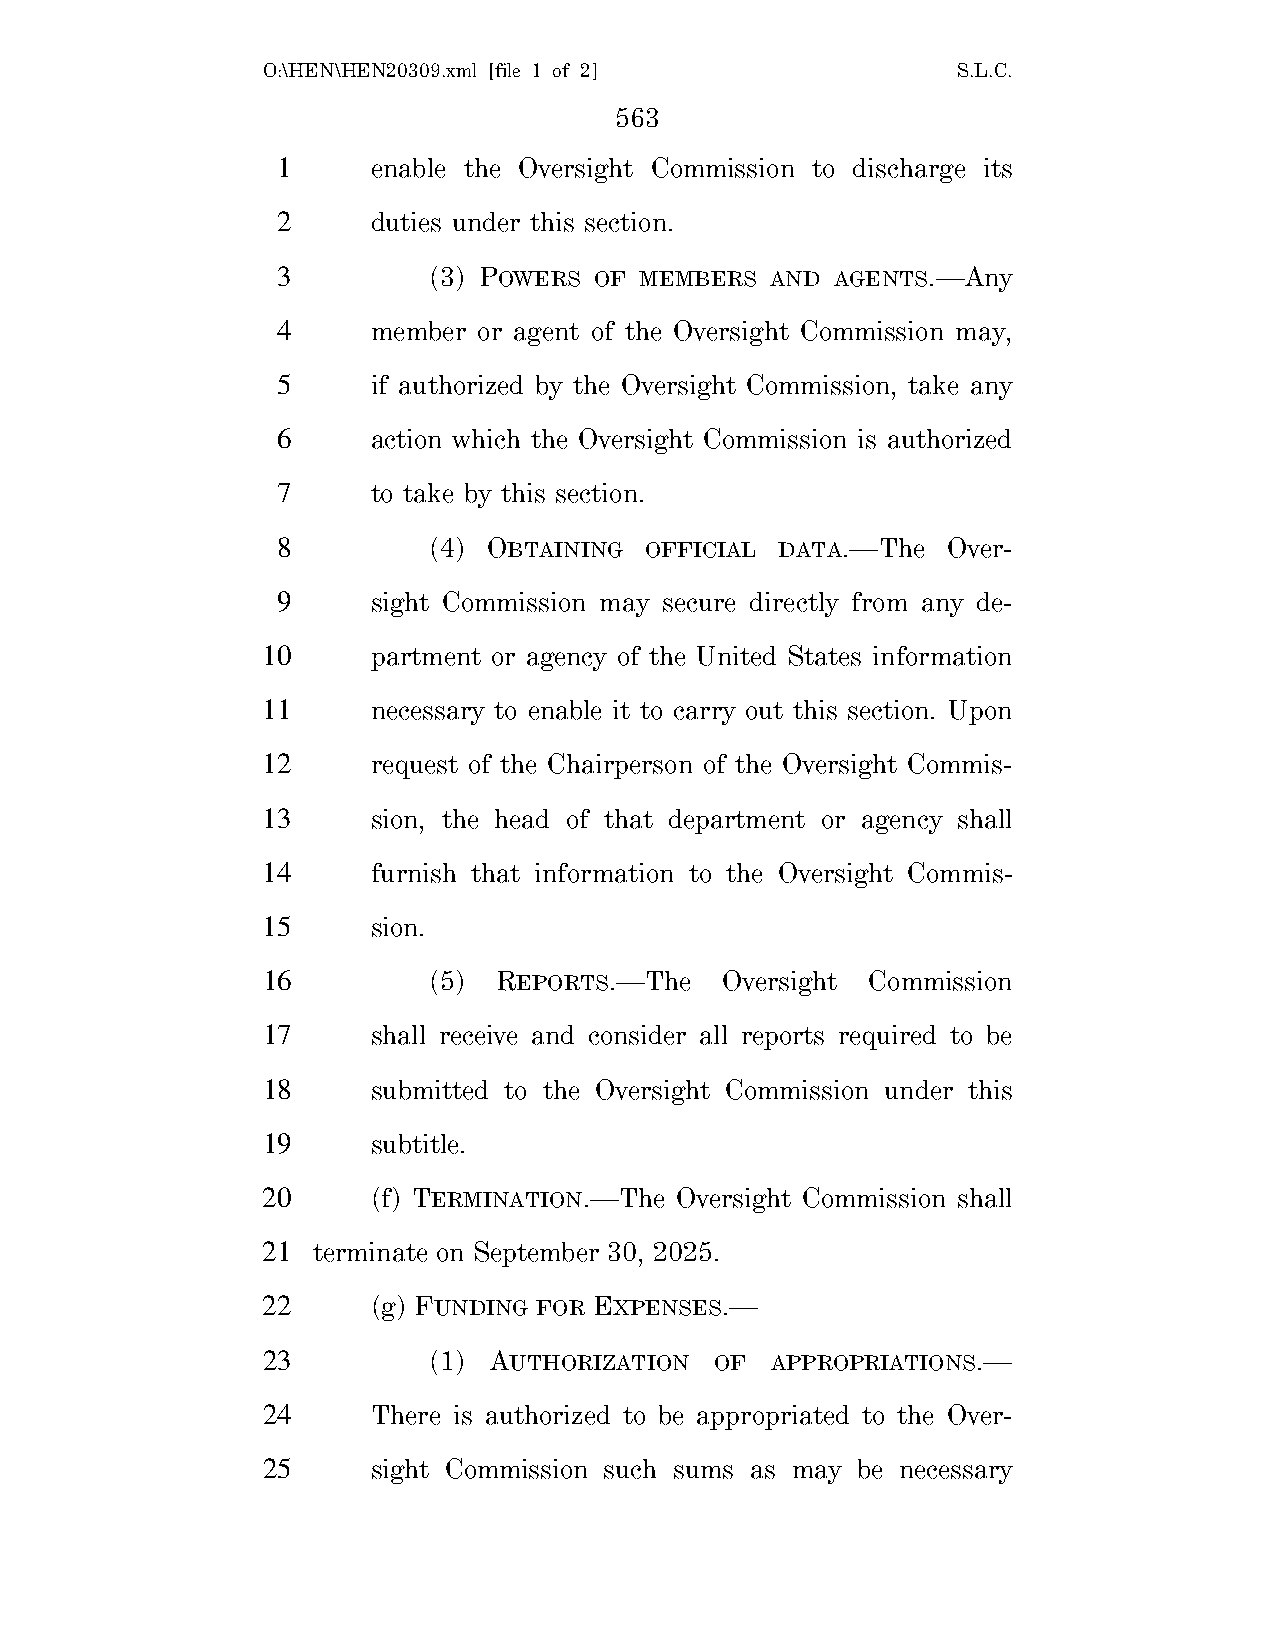
O:\HEN\HEN20309.xml [file 1 of 2]             S.L.C.
 563
 1      enable the Oversight Commission to discharge its
 2      duties under this section.
 3         (3) POWERS OF MEMBERS  AND AGENTS.—Any
 4      member or agent of the Oversight Commission may,
 5      if authorized by the Oversight Commission, take any
 6      action which the Oversight Commission is authorized
 7      to take by this section.
 8         (4) OBTAINING  OFFICIAL DATA.—The  Over-
 9      sight Commission may secure directly from any de-
 10      partment or agency of the United States information
 11      necessary to enable it to carry out this section. Upon
 12      request of the Chairperson of the Oversight Commis-
 13      sion, the head of that department or agency shall
 14      furnish that information to the Oversight Commis-
 15      sion.
 16         (5)  REPORTS.—The   Oversight Commission
 17      shall receive and consider all reports required to be
 18      submitted to the Oversight Commission under this
 19      subtitle.
 20      (f) TERMINATION.—The Oversight Commission shall
 21  terminate on September 30, 2025.
 22      (g) FUNDING FOR EXPENSES.—
 23         (1) AUTHORIZATION  OF  APPROPRIATIONS.—
 24      There is authorized to be appropriated to the Over-
 25      sight Commission such sums as may be necessary